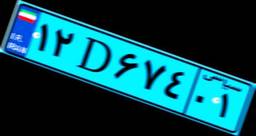
۱۲D۶۷۴۰۱